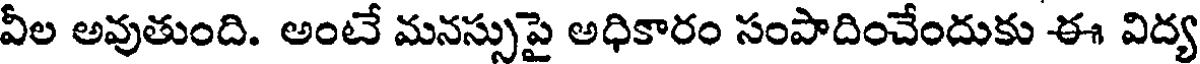
వీల అవుతుంది. అంటే మనస్సుపై అధికారం సంపాదించేందుకు ఈ విద్య